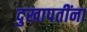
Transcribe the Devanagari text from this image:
दुखापतींना